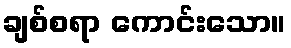
ချစ်စရာ ကောင်းသော။